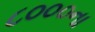
૮૦૦૦ના